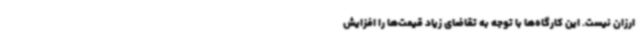
ارزان نیست. این کارگاه‌ها با توجه به تقاضای زیاد قیمت‌ها را افزایش